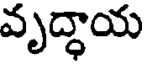
వృద్ధాయ